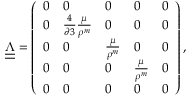
\begin{array} { r } { \underline { { \underline { { \boldsymbol \Lambda } } } } = \left( \begin{array} { l l l l l } { 0 } & { 0 } & { 0 } & { 0 } & { 0 } \\ { 0 } & { \frac { 4 } { \partial 3 } \frac { \mu } { \rho ^ { m } } } & { 0 } & { 0 } & { 0 } \\ { 0 } & { 0 } & { \frac { \mu } { \rho ^ { m } } } & { 0 } & { 0 } \\ { 0 } & { 0 } & { 0 } & { \frac { \mu } { \rho ^ { m } } } & { 0 } \\ { 0 } & { 0 } & { 0 } & { 0 } & { 0 } \end{array} \right) , } \end{array}